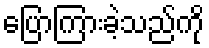
ပြောကြားခဲ့သည်ကို